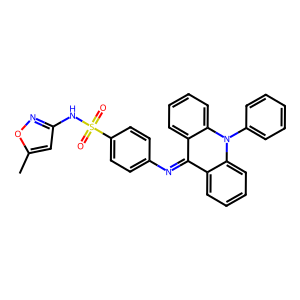
SMILES: Cc1cc(NS(=O)(=O)c2ccc(N=c3c4ccccc4n(-c4ccccc4)c4ccccc34)cc2)no1
Inhibits HIV replication: No